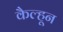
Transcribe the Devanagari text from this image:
कैल्हून